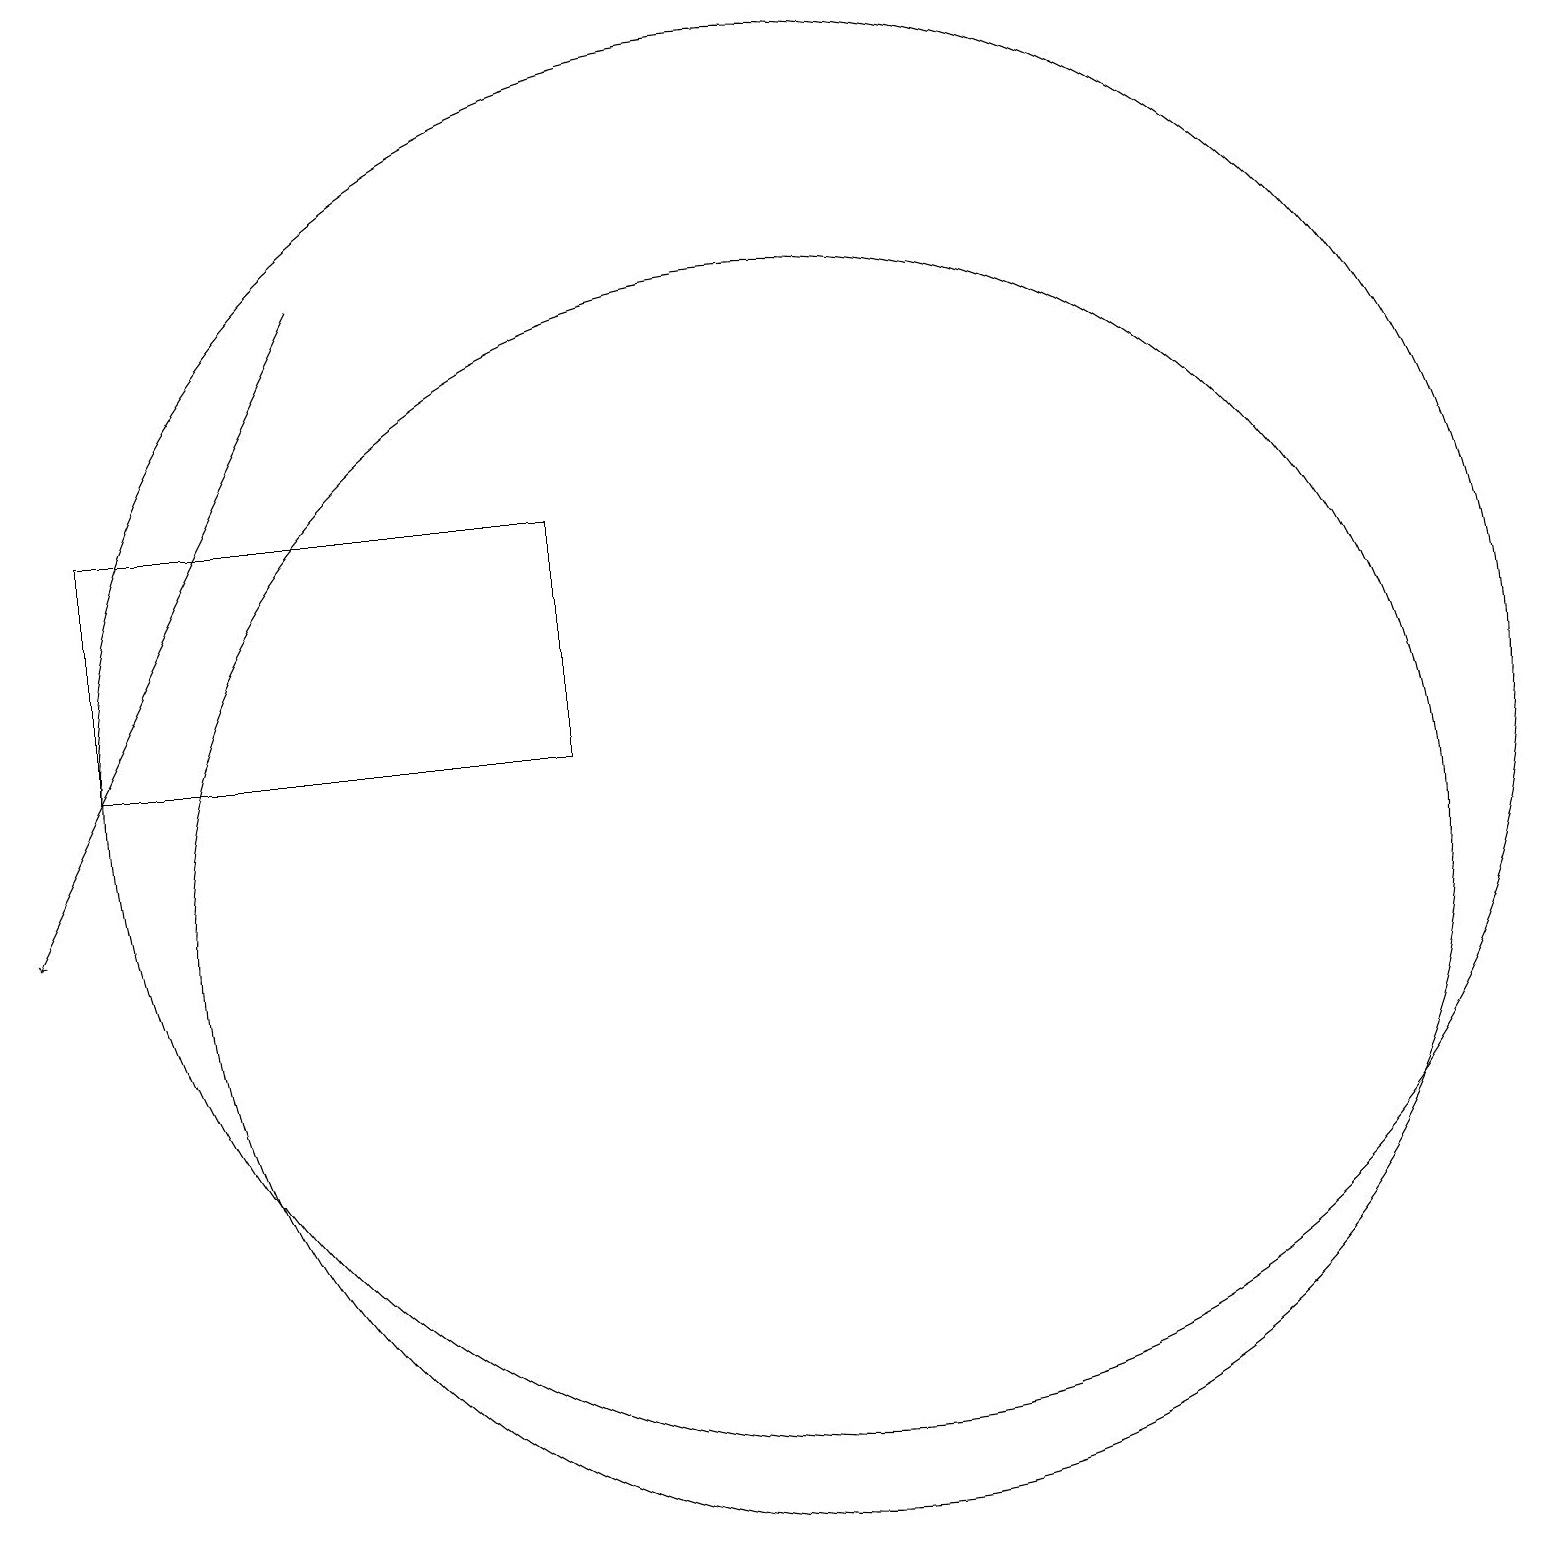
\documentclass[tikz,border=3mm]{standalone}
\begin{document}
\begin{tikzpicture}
\draw (2,12) rectangle (8,15);
\draw (11,10) circle (8);
\draw (11,12) circle (9);
\draw[->] (5,18) -- (1,10);
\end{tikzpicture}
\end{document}